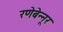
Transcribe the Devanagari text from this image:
रणेबेन्नूर